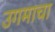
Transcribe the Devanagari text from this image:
उगमाचा